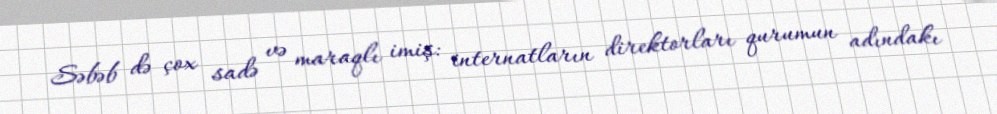
Səbəb də çox sadə və maraqlı imiş: internatların direktorları qurumun adındakı